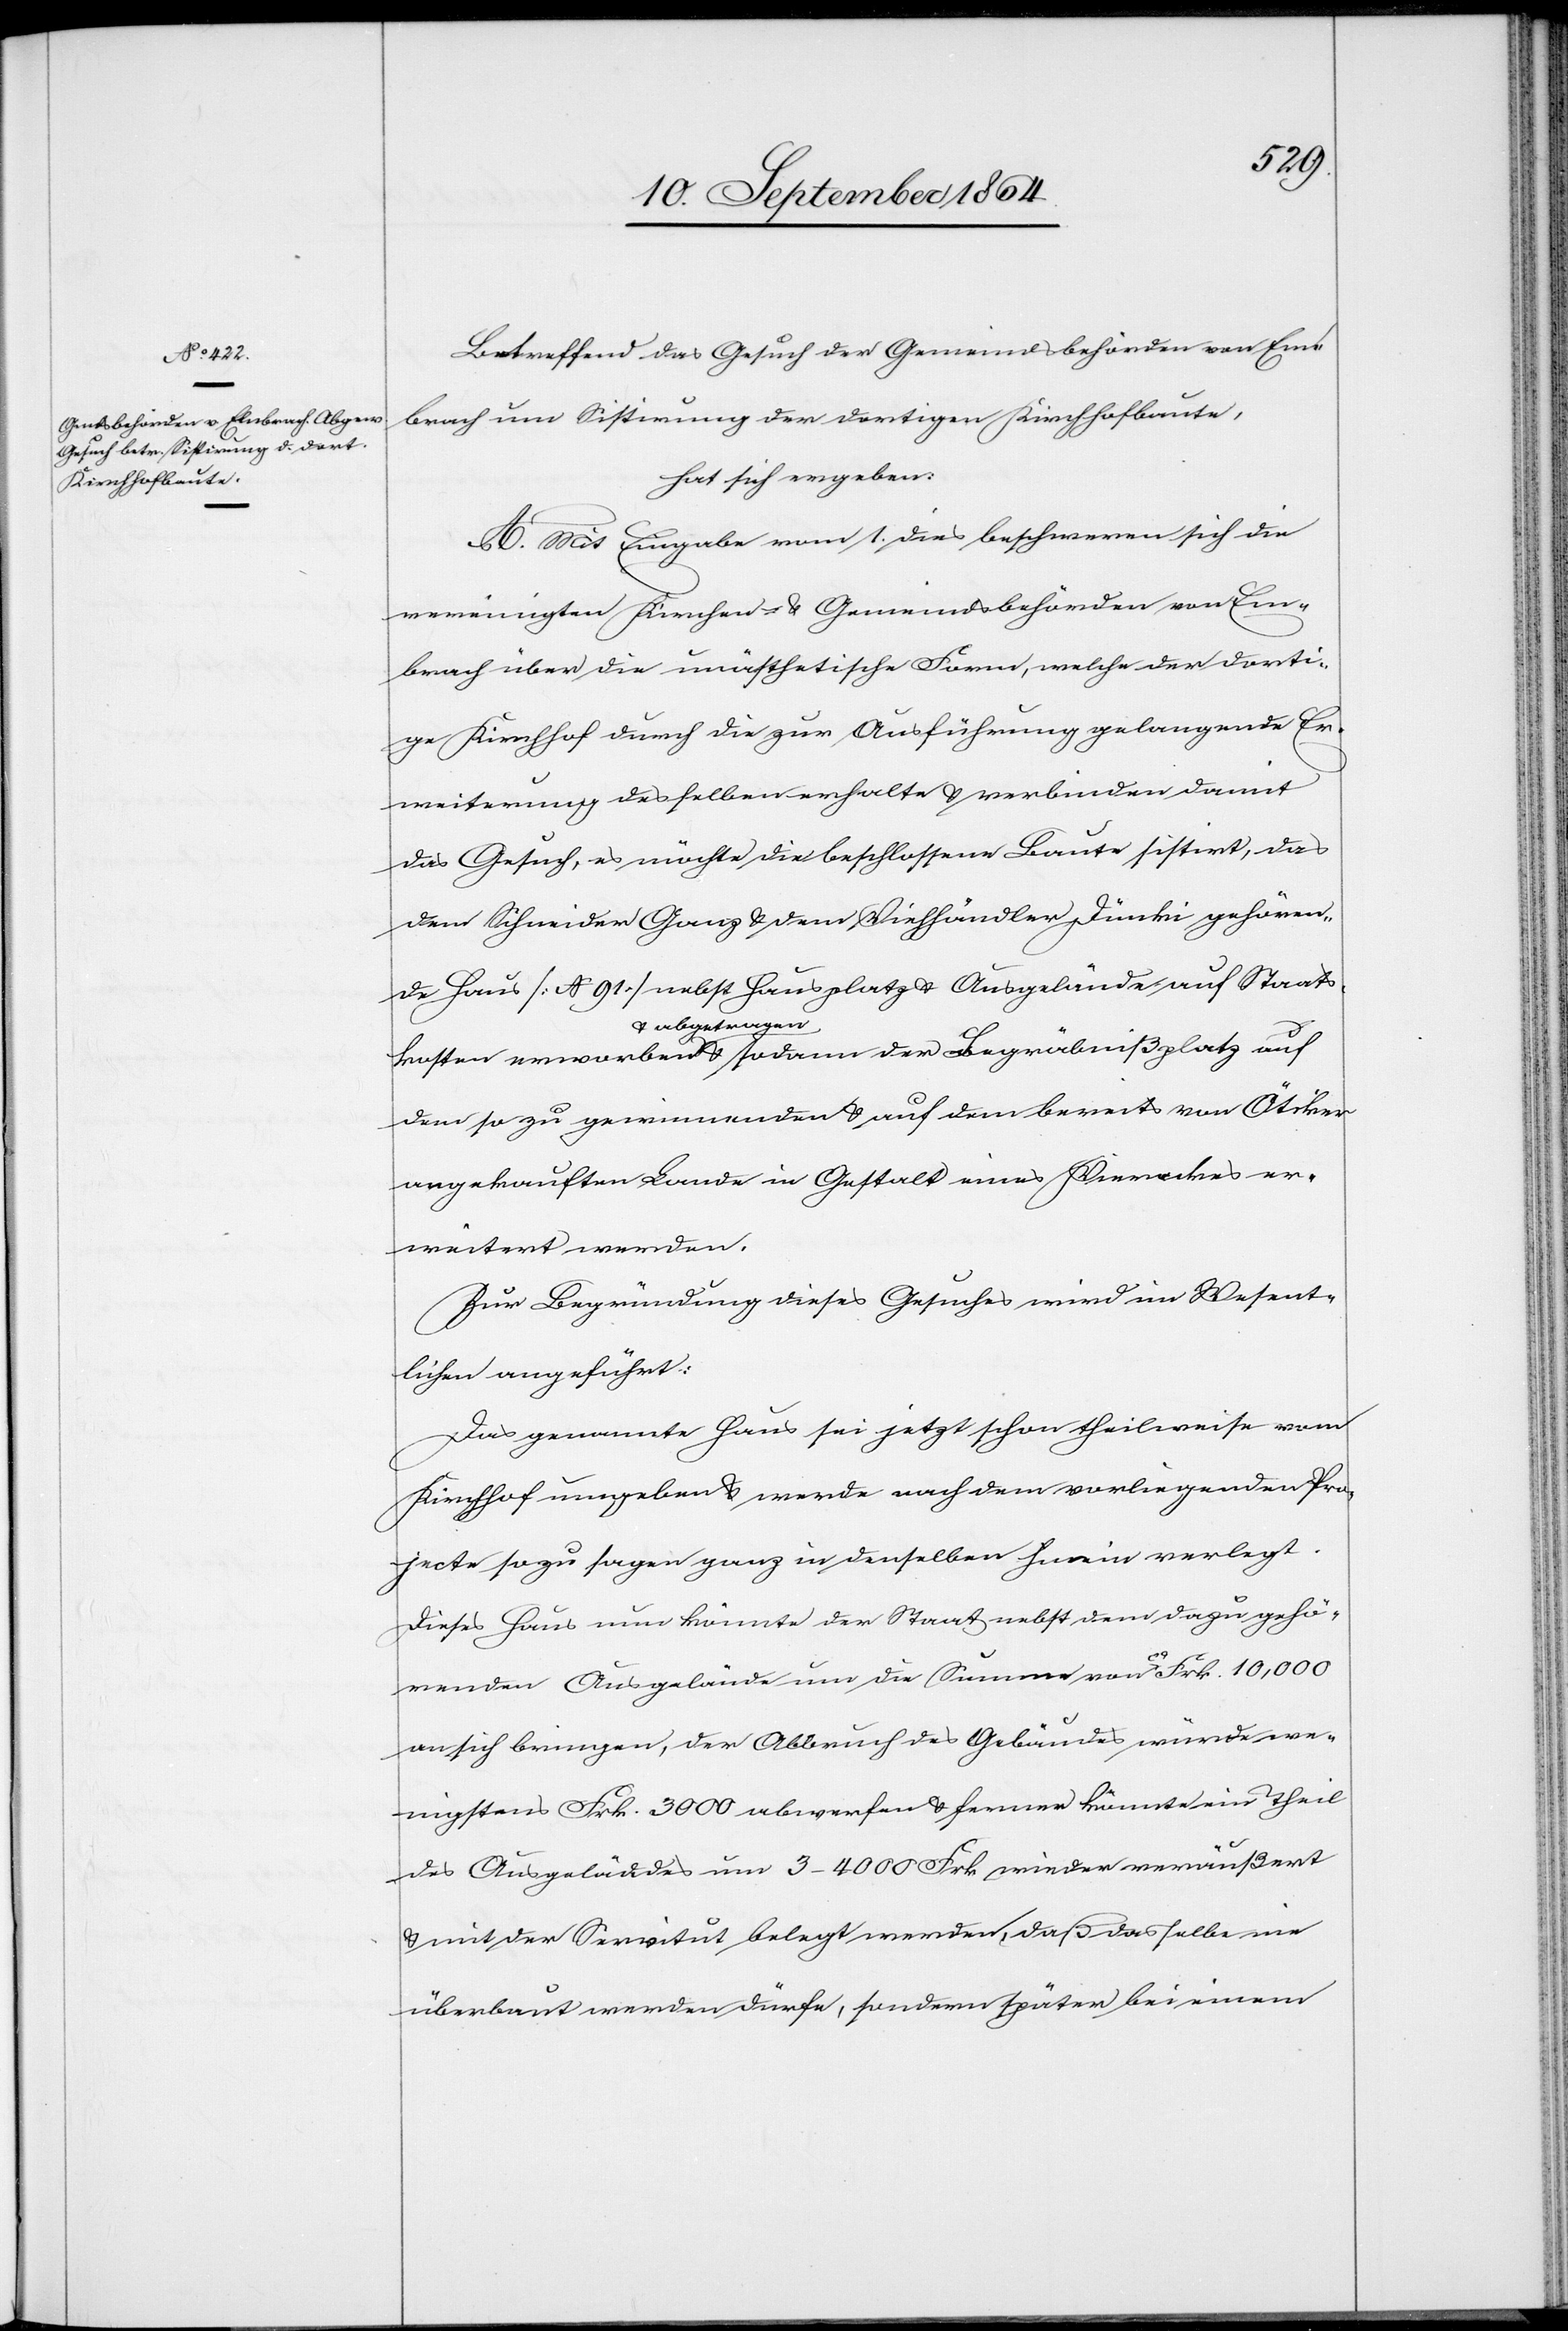
kosten
Betreffend das Gesuch der Gemeindsbehörden von Em¬
brach um Sistirung der dortigen Kirchhofbaute,
hat sich ergeben:
A. Mit Eingabe vom 1. dies beschweren sich die
vereinigten Kirchen- & Gemeindsbehörden von Em¬
brach über die unästhetische Form, welche der dorti¬
ge Kirchhof durch die zur Ausführung gelangende Er¬
weiterung desselben erhalte & verbinden damit
das Gesuch, es möchte die beschlossene Baute sistirt, das
dem Schneider Ganz & dem Viehhändler Dünki gehören¬
de Haus [N 91] nebst Hausplatz & Ausgelände auf Staats¬
& abgetragen-a
dem so zu gewinnenden & auf dem bereits von Ötiker
angekauften Lande in Gestalt eines Viereckes er¬
weitert werden.
Zur Begründung dieses Gesuches wird im Wesent¬
lichen angeführt:
Das genannte Haus sei jetzt schon theilweise vom
Kirchhof umgeben & werde nach dem vorliegenden Pro¬
jecte so zu sagen ganz in denselben hinein verlegt.
Dieses Haus nun könnte der Staat nebst dem dazu gehö¬
renden Ausgelände um die Summe von ca. Frk. 10,000
an sich bringen, der Abbruch des Gebäudes würde we¬
nigstens Frk. 3 000 abwerfen & ferner könnte ein Theil
des Ausgeländes um 3–4 000 Frk. wieder veräußert
& mit der Servitut belegt werden, daß dasselbe nie
überbaut werden dürfe, sondern später bei einem